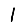
Digit: 1